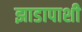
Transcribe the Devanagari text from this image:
झाडापाशी